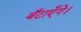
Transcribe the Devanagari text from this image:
बँटाएँगे।